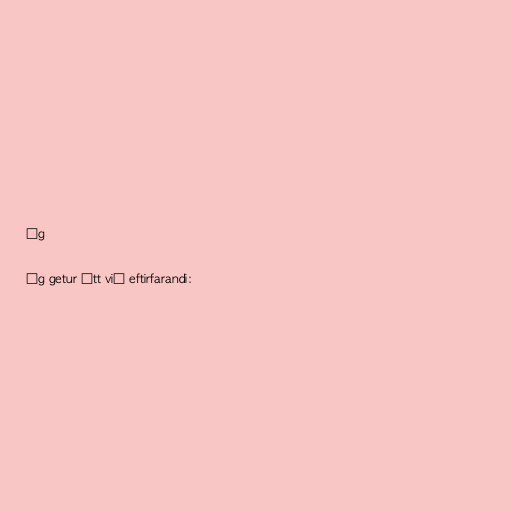
Ég

Ég getur átt við eftirfarandi: